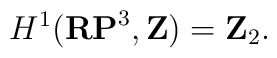
H^1({\bf RP}^3, {\bf Z})={\bf Z}_2.